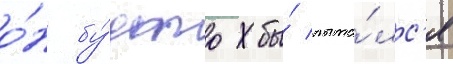
о́н бу́дто бы́ пыта́лс'я